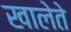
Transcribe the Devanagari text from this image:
खालेते